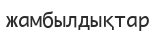
жамбылдықтар